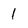
Character: 1